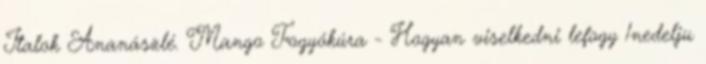
Italok Ananászlé. Mango Fogyókúra - Hogyan viselkedni lefogy 1nedelju